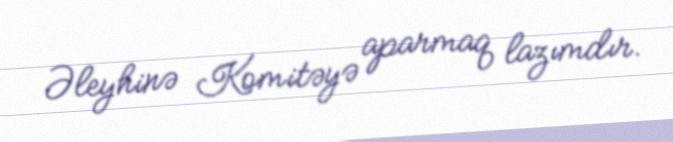
Əleyhinə Komitəyə aparmaq lazımdır.